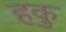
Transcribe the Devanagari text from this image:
हकु